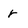
Character: r